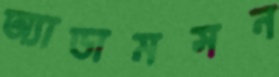
অ্যাডামসন